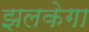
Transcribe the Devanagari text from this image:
झलकेगा